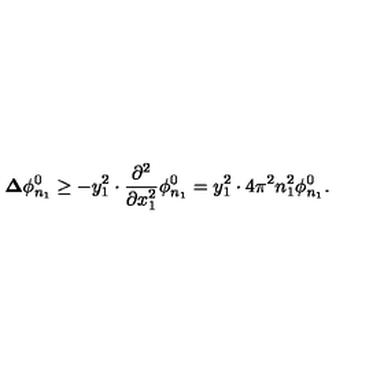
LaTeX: { \bf \Delta } \phi _ { n _ { 1 } } ^ { 0 } \geq - y _ { 1 } ^ { 2 } \cdot \frac { \partial ^ { 2 } } { \partial x _ { 1 } ^ { 2 } } \phi _ { n _ { 1 } } ^ { 0 } = y _ { 1 } ^ { 2 } \cdot 4 \pi ^ { 2 } n _ { 1 } ^ { 2 } \phi _ { n _ { 1 } } ^ { 0 } .